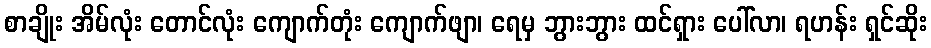
စာချိုး အိမ်လုံး တောင်လုံး ကျောက်တုံး ကျောက်ဖျာ၊ ရေမှ ဘွားဘွား ထင်ရှား ပေါ်လာ၊ ရဟန်း ရှင်ဆိုး